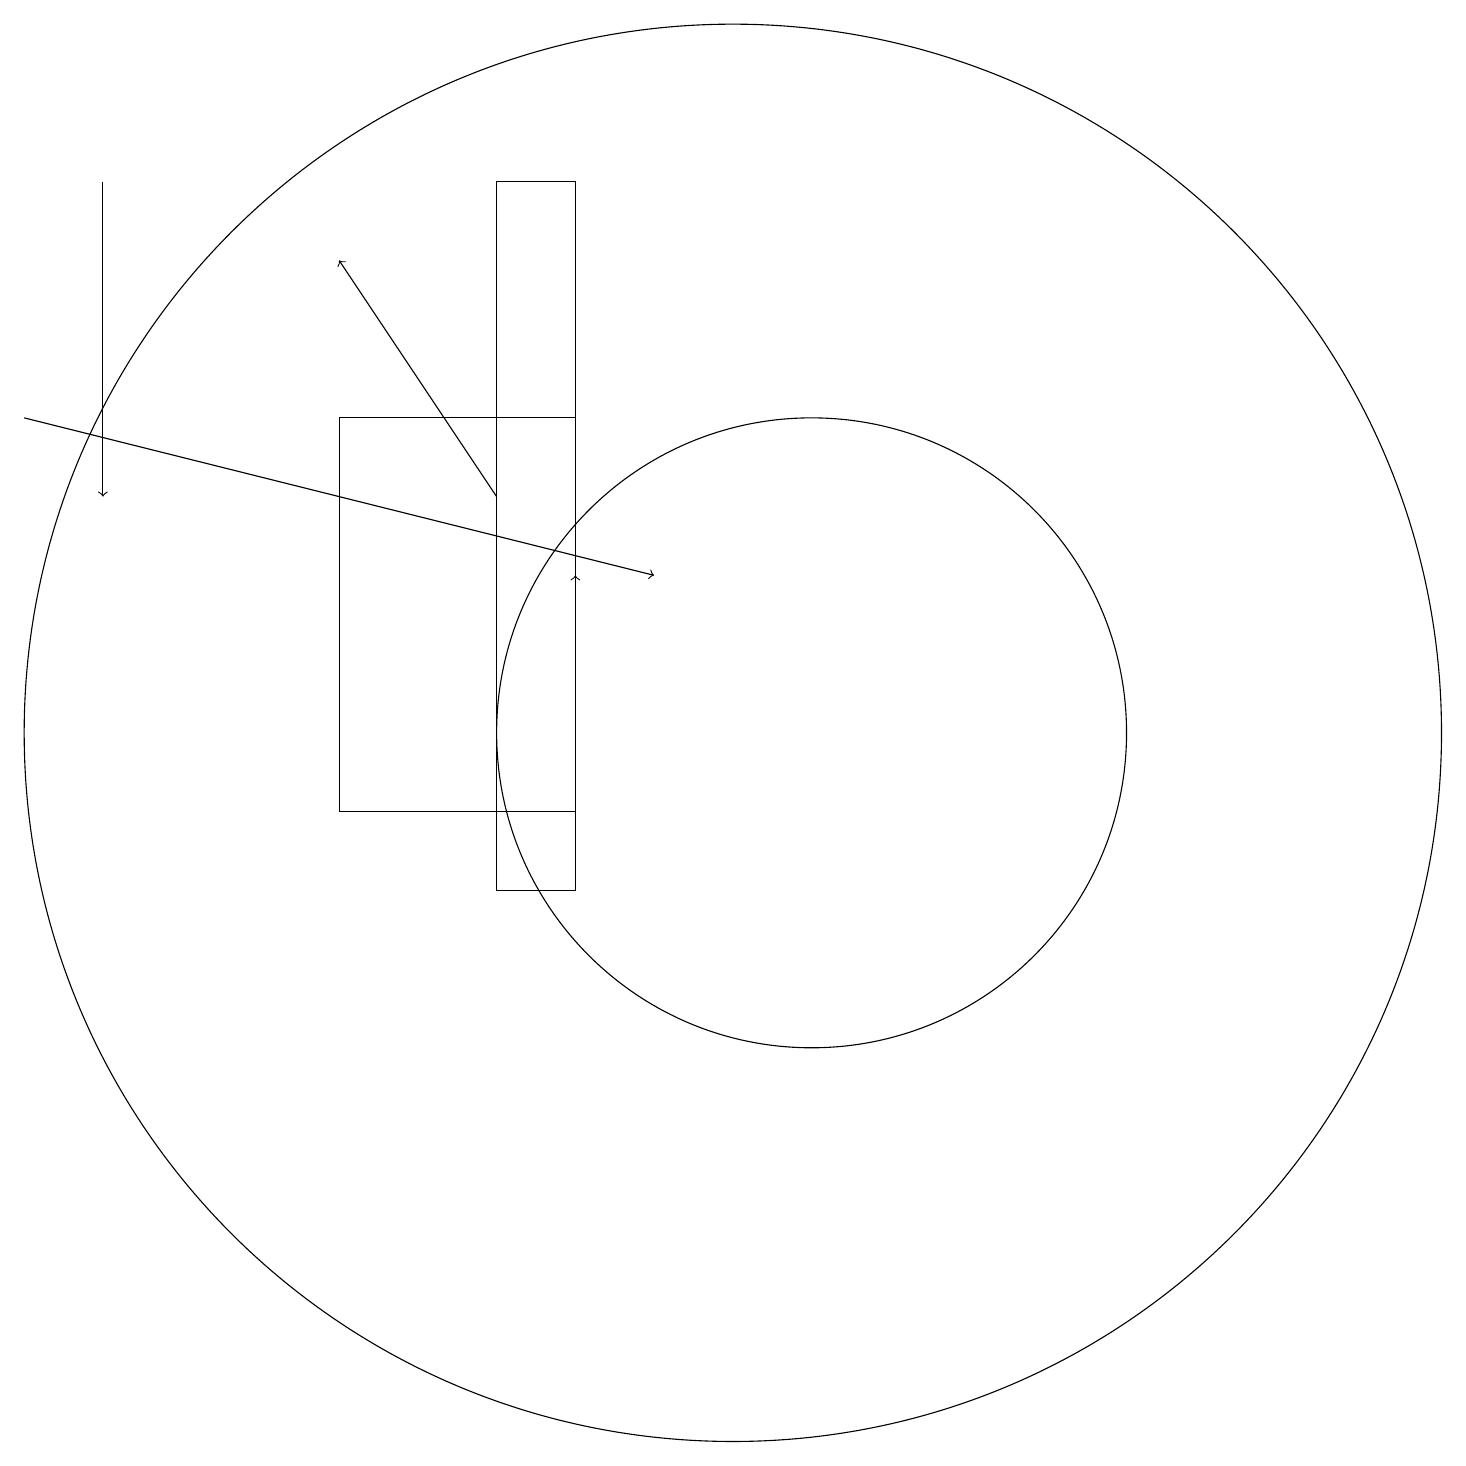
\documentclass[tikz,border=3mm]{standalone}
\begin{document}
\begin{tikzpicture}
\draw[->] (1,16) -- (9,14);
\draw[->] (7,15) -- (5,18);
\draw (11,12) circle (4);
\draw (10,12) circle (9);
\draw[->] (2,19) -- (2,15);
\draw (7,19) rectangle (8,10);
\draw (8,16) rectangle (5,11);
\draw[->] (8,12) -- (8,14);
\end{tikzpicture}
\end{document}